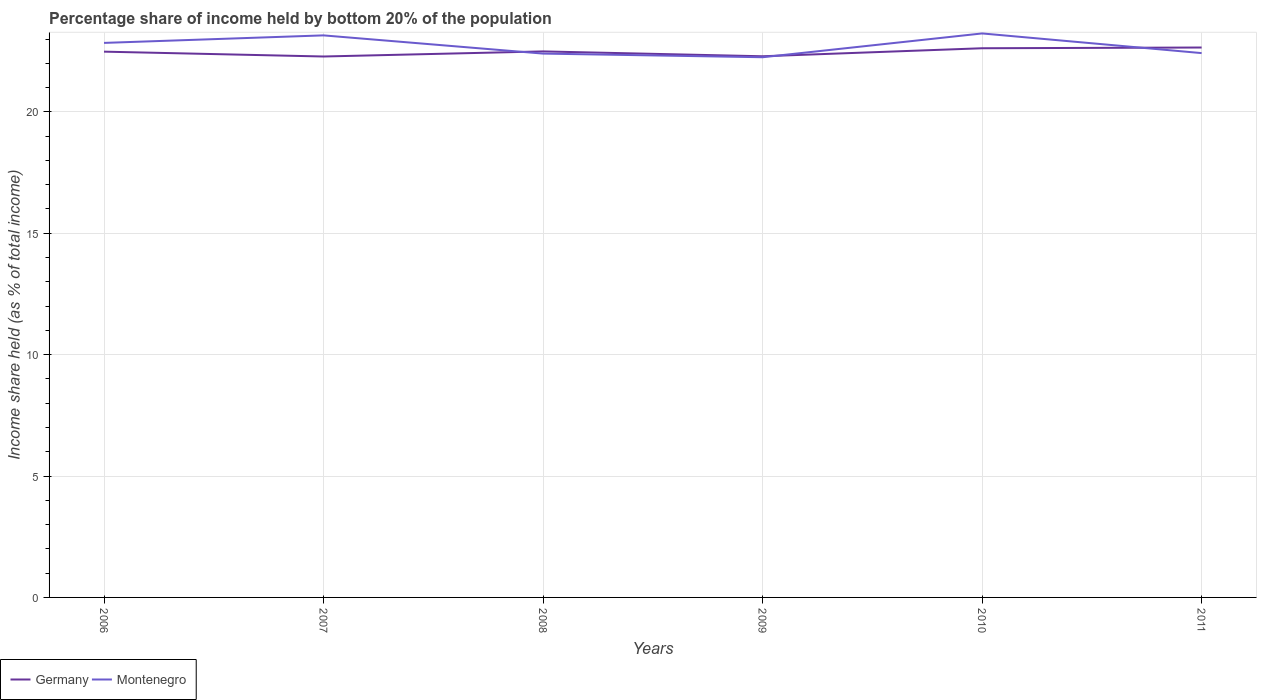
| Years | Germany | Montenegro |
 | --- | --- | --- |
 | 2006 | 22.5 | 22.8 |
 | 2007 | 22.3 | 23.1 |
 | 2008 | 22.5 | 22.4 |
 | 2009 | 22.3 | 22.2 |
 | 2010 | 22.6 | 23.2 |
 | 2011 | 22.6 | 22.4 |